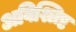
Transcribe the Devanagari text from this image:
अविश्लिष्ट